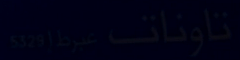
تاوناتب-عرطاوين